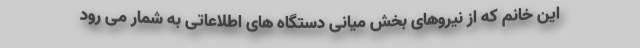
این خانم که از نیروهای بخش میانی دستگاه های اطلاعاتی به شمار می رود